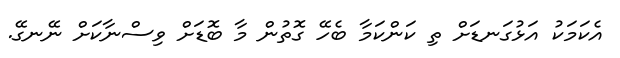
އެކަމަކު އަޅުގަނޑަށް ތި ކަންކަމާ ބެހޭ ގޮތުން މާ ބޮޑަށް ވިސްނާކަށް ނޭނގޭ.